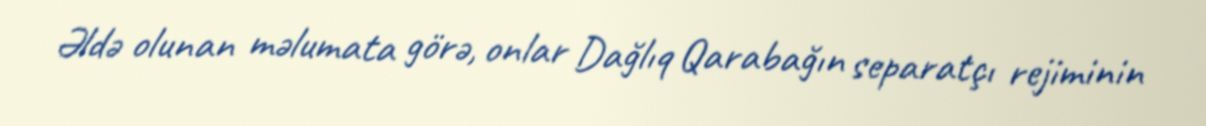
Əldə olunan məlumata görə, onlar Dağlıq Qarabağın separatçı rejiminin